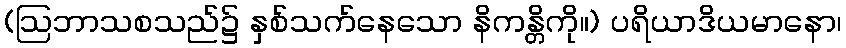
(ဩဘာသစသည်၌ နှစ်သက်နေသော နိကန္တိကို။) ပရိယာဒိယမာနော၊